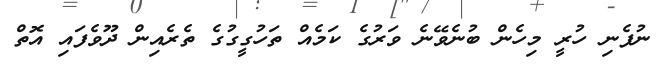
ނުފެނި ހުރީ މިހެން ބުނެވޭނެ ވަރުގެ ކަމެއް ތަހުގީގުގެ ތެރެއިން ދޫވެފައި އޮތް